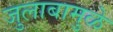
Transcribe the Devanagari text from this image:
जुलाबामुळे